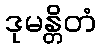
ဒုမန္တိတံ